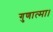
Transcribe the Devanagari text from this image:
गुणात्मा।